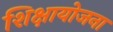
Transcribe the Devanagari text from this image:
शिक्षायोजना